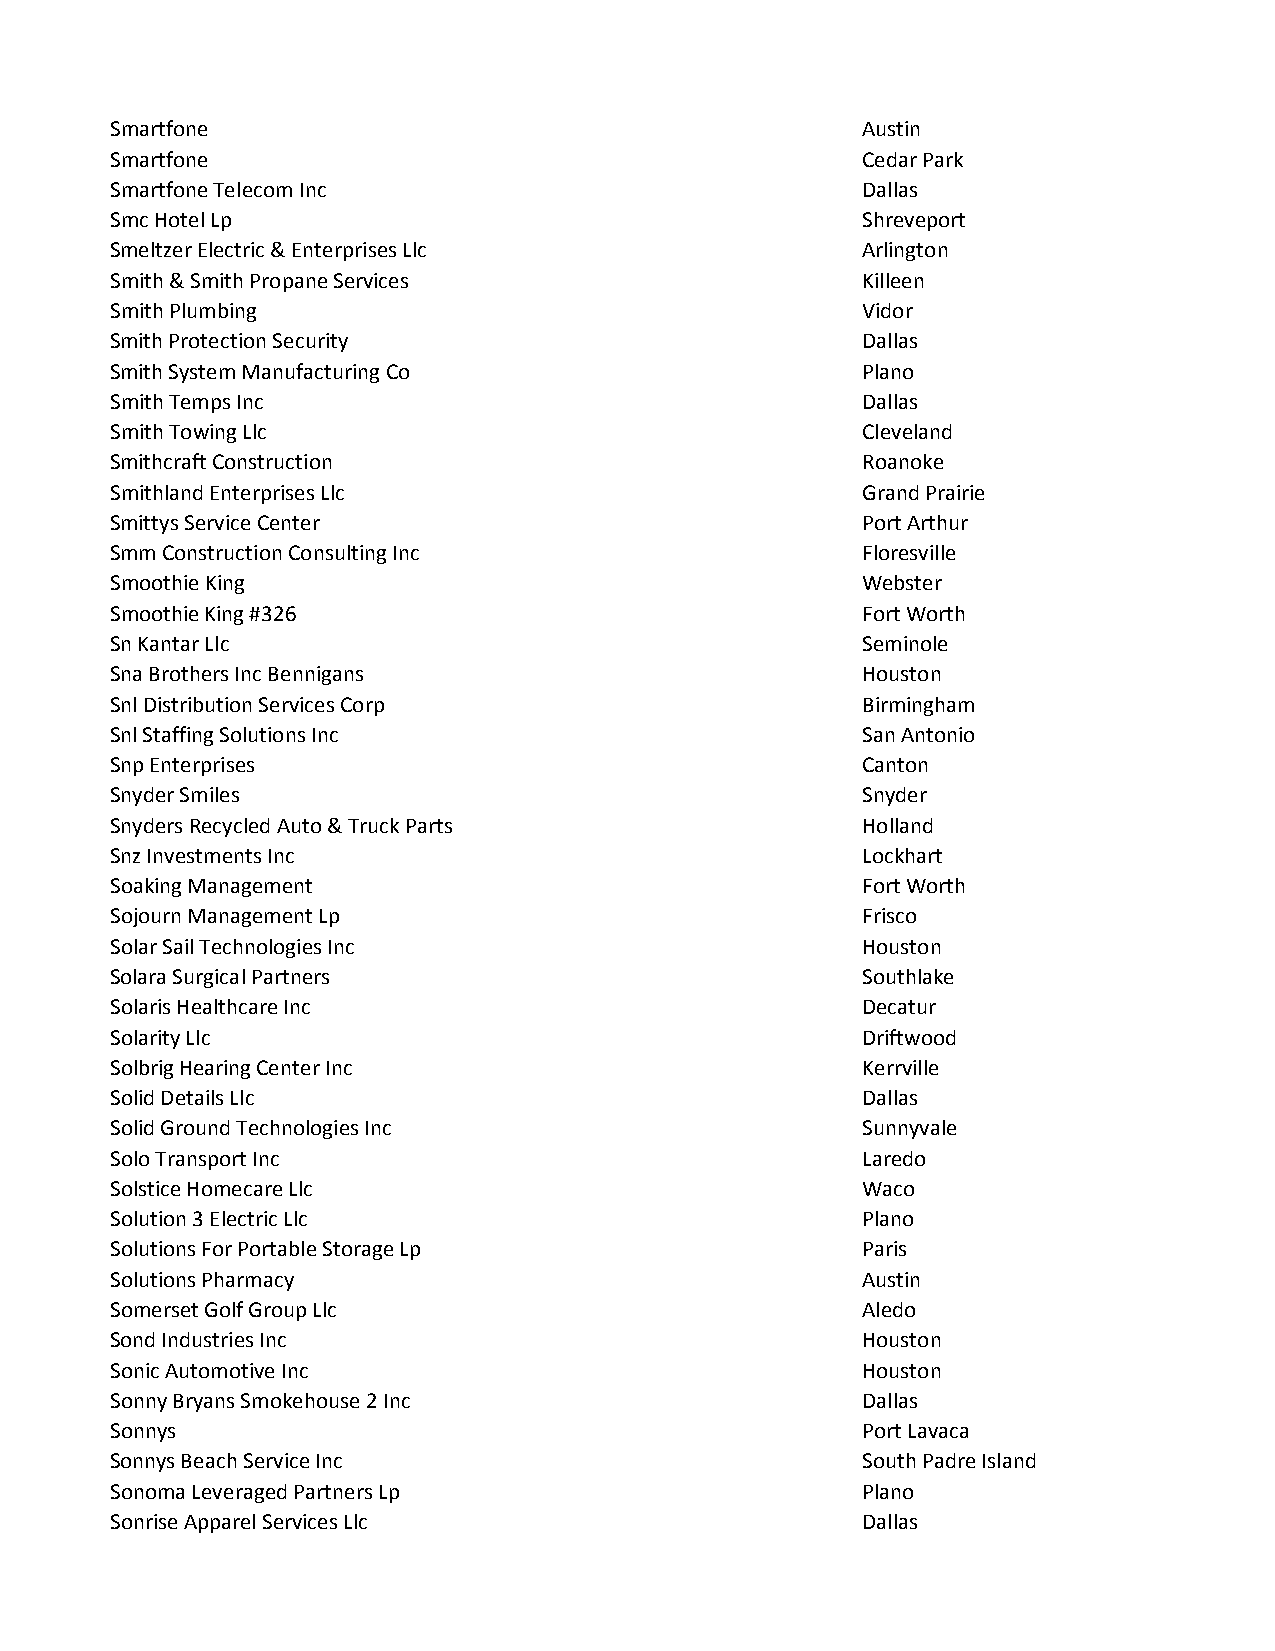
Smartfone                                         Austin
 Smartfone                                         Cedar Park
 Smartfone Telecom Inc                             Dallas
 Smc Hotel Lp                                      Shreveport
 Smeltzer Electric & Enterprises Llc               Arlington
 Smith & Smith Propane Services                    Killeen
 Smith Plumbing                                    Vidor
 Smith Protection Security                         Dallas
 Smith System Manufacturing Co                     Plano
 Smith Temps Inc                                   Dallas
 Smith Towing Llc                                  Cleveland
 Smithcraft Construction                           Roanoke
 Smithland Enterprises Llc                         Grand Prairie
 Smittys Service Center                            Port Arthur
 Smm Construction Consulting Inc                   Floresville
 Smoothie King                                     Webster
 Smoothie King #326                                Fort Worth
 Sn Kantar Llc                                     Seminole
 Sna Brothers Inc Bennigans                        Houston
 Snl Distribution Services Corp                    Birmingham
 Snl Staffing Solutions Inc                        San Antonio
 Snp Enterprises                                   Canton
 Snyder Smiles                                     Snyder
 Snyders Recycled Auto & Truck Parts               Holland
 Snz Investments Inc                               Lockhart
 Soaking Management                                Fort Worth
 Sojourn Management Lp                             Frisco
 Solar Sail Technologies Inc                       Houston
 Solara Surgical Partners                          Southlake
 Solaris Healthcare Inc                            Decatur
 Solarity Llc                                      Driftwood
 Solbrig Hearing Center Inc                        Kerrville
 Solid Details Llc                                 Dallas
 Solid Ground Technologies Inc                     Sunnyvale
 Solo Transport Inc                                Laredo
 Solstice Homecare Llc                             Waco
 Solution 3 Electric Llc                           Plano
 Solutions For Portable Storage Lp                 Paris
 Solutions Pharmacy                                Austin
 Somerset Golf Group Llc                           Aledo
 Sond Industries Inc                               Houston
 Sonic Automotive Inc                              Houston
 Sonny Bryans Smokehouse 2 Inc                     Dallas
 Sonnys                                            Port Lavaca
 Sonnys Beach Service Inc                          South Padre Island
 Sonoma Leveraged Partners Lp                      Plano
 Sonrise Apparel Services Llc                      Dallas